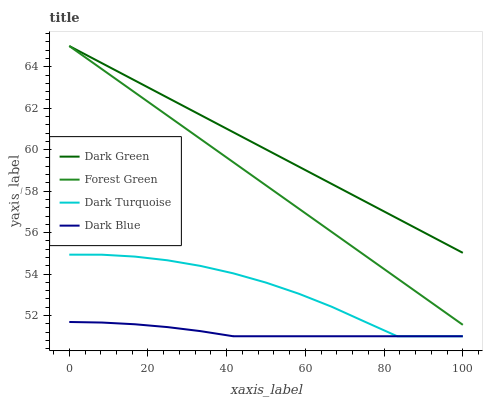
| xaxis_label | Dark Green | Forest Green | Dark Turquoise | Dark Blue |
 | --- | --- | --- | --- | --- |
 | 0 | 65 | 65 | 54.9 | 51.7 |
 | 8.33 | 64.2 | 63.9 | 54.9 | 51.7 |
 | 16.7 | 63.3 | 62.8 | 54.8 | 51.6 |
 | 25 | 62.5 | 61.6 | 54.7 | 51.4 |
 | 33.3 | 61.7 | 60.5 | 54.4 | 51.2 |
 | 41.7 | 60.8 | 59.4 | 54 | 51 |
 | 50 | 60 | 58.3 | 53.6 | 51 |
 | 58.3 | 59.2 | 57.2 | 53.1 | 51 |
 | 66.7 | 58.3 | 56 | 52.4 | 51 |
 | 75 | 57.5 | 54.9 | 51.7 | 51 |
 | 83.3 | 56.7 | 53.8 | 51 | 51 |
 | 91.7 | 55.9 | 52.7 | 51 | 51 |
 | 100 | 55 | 51.6 | 51 | 51 |